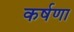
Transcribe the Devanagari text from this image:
कर्षणा